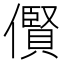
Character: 𫣴